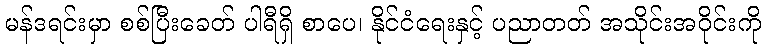
မန်ဒရင်းမှာ စစ်ပြီးခေတ် ပါရီရှိ စာပေ၊ နိုင်ငံရေးနှင့် ပညာတတ် အသိုင်းအဝိုင်းကို